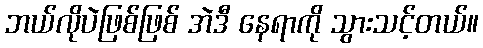
ဘယ်လိုပဲဖြစ်ဖြစ် အဲဒီ နေရာကို သွားသင့်တယ်။